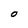
Character: O